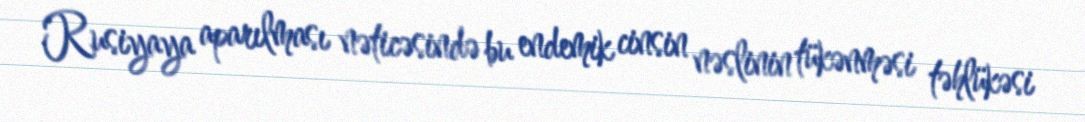
Rusiyaya aparılması nəticəsində bu endemik cinsin nəslinin tükənməsi təhlükəsi